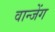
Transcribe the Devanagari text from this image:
वान्जेंग